Leaving Certificate, 1899
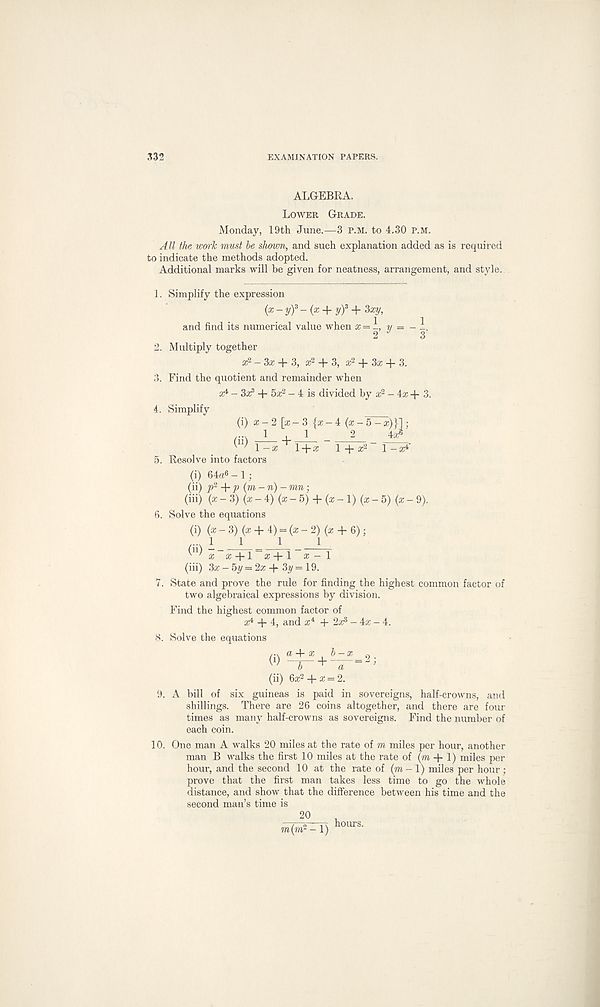
332
EXAMINATION PAPERS.
ALGEBRA.
Lower Grade.
Monday, 19th June.—3 p.m. to 4.30 P.M.
All the work must be shown, and such explanation added as is required
to indicate the methods adopted.
Additional marks will be given for neatness, arrangement, and style.
1. Simplify the expression
(x-yf- (x + yf + Zxy,
and find its numerical value when x = \ i
1
3'
2. Multiply together
a 2 - 3a; + 3, a 2 + 3, a; 2 + 3a; + 3.
3. Find the quotient and remainder when
a^ - 3a^ + 5a; 2 - 4 is divided by a; 2 - 4a; + 3.
4. Simplify (i) a;-
1 - a; 1 + a; 1 + x<
5. Resolve into factors
[a;-3 {a;-4 (x-b-x)
1 -a^’
(i) 64a 6 - 1 ;
(ii) p 2 +p (m-n)- mn;
(hi) (x- 3) (a; - 4) (a;-5) + (a; - 1) (x-5) (x-9).
6. Solve the equations
(i) (x -3)(x + 4) = (x- 2) (a: + 6);
1 _J.
1
1
^U’ x a; + l a; + l a;-l
(hi) 3x - 5y=2x + 3y=19.
7. State and prove the rule for finding the highest common factor of
two algebraical expressions by division.
Find the highest common factor of
x* -J- 4, and a; 4 + 2a^ - 4a; - 4.
8. Solve the equations
z + x b-x 9 _
h * n ;
(h) 6a; 2 + a; = 2.
9. A bill of six guineas is paid in sovereigns, half-crowns, and
shillings. There are 26 coins altogether, and there are four
times as many half-crowns as sovereigns. Find the number of
each coin.
10. One man A walks 20 miles at the rate of m miles per hour, another
man B walks the first 10 miles at the rate of (m + 1) miles per
hour, and the second 10 at the rate of (to - 1) miles per hour ;
prove that the first man takes less time to go the whole
distance, and show that the difierence between his time and the
second man’s time is 20
to(to 2 -1) hours.